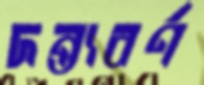
দন্ত্যবর্ণ